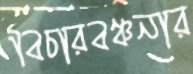
বিচারবঞ্চনার